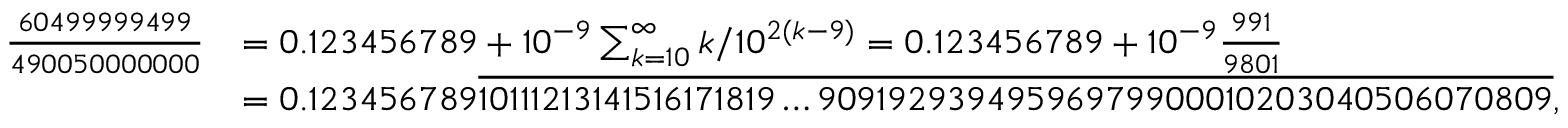
{ \begin{array} { r l } { { \frac { 6 0 4 9 9 9 9 9 4 9 9 } { 4 9 0 0 5 0 0 0 0 0 0 0 } } } & { = 0 . 1 2 3 4 5 6 7 8 9 + 1 0 ^ { - 9 } \sum _ { k = 1 0 } ^ { \infty } k / 1 0 ^ { 2 ( k - 9 ) } = 0 . 1 2 3 4 5 6 7 8 9 + 1 0 ^ { - 9 } { \frac { 9 9 1 } { 9 8 0 1 } } } \\ & { = 0 . 1 2 3 4 5 6 7 8 9 { \overline { { 1 0 1 1 1 2 1 3 1 4 1 5 1 6 1 7 1 8 1 9 \ldots 9 0 9 1 9 2 9 3 9 4 9 5 9 6 9 7 9 9 0 0 0 1 0 2 0 3 0 4 0 5 0 6 0 7 0 8 0 9 } } } , } \end{array} }